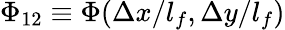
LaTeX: \Phi_{12}\equiv\Phi(\Delta x/l_{f},\Delta y/l_{f})